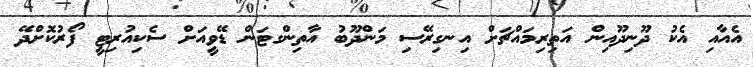
އެއާއި އެކު ދޫނިދޫއިން އަތިރިމައްޗަށް އިނގިރޭސި މަންދޫބު އާތިންގޓަން ޑޭވީއަށް ސެކިއުރިޓީ ފޯރުކޮށްދޭ